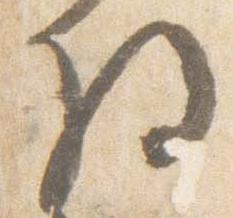
将